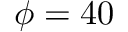
\phi = 4 0 \; \